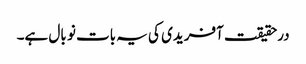
درحقیقت آفریدی کی یہ بات نو بال ہے۔